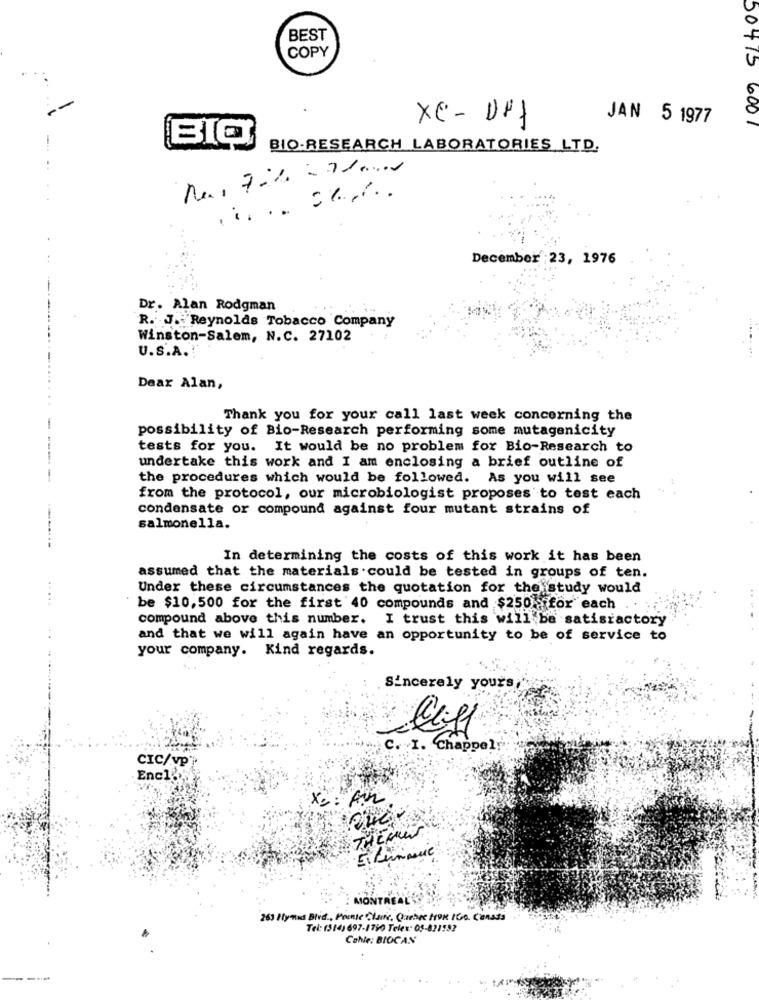
BEST
COPY
XC- DFf
JAN 5 1977
50475 6001
BIO
BIO-RESEARCH LABORATORIES LTD.
December : 23, 1976
Dr. Alan Rodgman
R. J. Reynolds Tobacco Company
Winston-Salem, N.C. 27102
U.S.A.
Dear Alan,
Thank you for your call last week concerning the
-
possibility of Bio-Research performing some mutagenicity
tests for you. It would be no problem for Bio-Research to
undertake this work and I am enclosing a brief outline of
-
the procedures which would be followed. As you will see
from the protocol, our microbiologist proposes to test each
condensate or compound against four mutant strains of
salmonella.
In determining the costs of this work it has been
assumed that the materials could be tested in groups of ten.
Under these circumstances the quotation for the study would
be $10,500 for the first'40 compounds and $250 for each
compound above this number. I trust this will be satisractory
and that we will again have an opportunity to be of service to
your company. Kind regards.
Sincerely yours
c. I. "Chappel
CIC/vp;
Enc15
X2: An
THEMIS
AION
263 Itynid Blvd ., Pointe Claire, Quebec HOR IGe. Canada
Tel: (514) 697-1790 Telex: 05-821192
Cable: BIOCAN